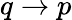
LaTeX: q\to p